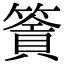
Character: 𥳹